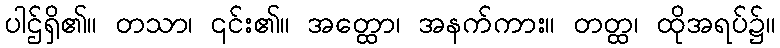
ပါဌ်ရှိ၏။ တသာ၊ ၎င်း၏။ အတ္ထော၊ အနက်ကား။ တတ္ထ၊ ထိုအရပ်၌။